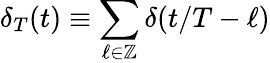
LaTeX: \delta_{T}(t)\equiv\sum_{\ell\in\mathbb{Z}}\delta(t/T-\ell)